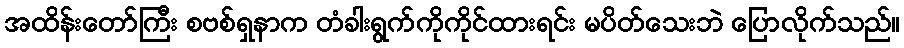
အထိန်းတော်ကြီး စဗစ်ရှနာက တံခါးရွက်ကိုကိုင်ထားရင်း မပိတ်သေးဘဲ ပြောလိုက်သည်။